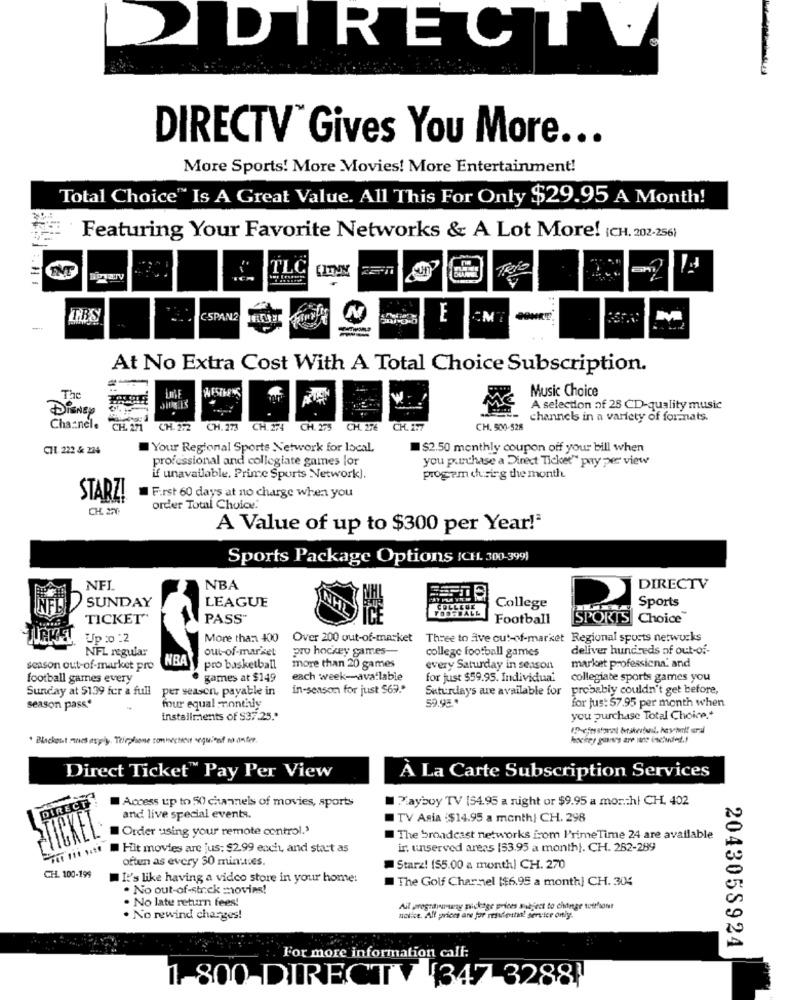
DIRECTO
DIRECTV Gives You More ...
More Sports! More Movies! More Entertainment!
Total Choice" Is A Great Value. All This For Only $29.95 A Month!
Featuring Your Favorite Networks & A Lot More! (CH. 202-256)
TLC
TRS
C-SPAN2
E
EM
At No Extra Cost With A Total Choice Subscription.
Music Choice
The
DISNEY
A selection of 28 CD-quality music
channels in a variety of formnats.
Chacnele
CH. 271
CH. 272
CH. 273
CH. 274
CH. 275
CH. 276
CH. 177
CH. 500-528
CHI 222 & 224
Your Regional Sports Network for local,
$2.50 monthly coupon off your bill when
professional and collegiate games lor
you purchase a Direct Ticket" pay per view
if unavailable. Prime Sports Network).
progem during the month.
STARZ!
First 60 days at no charge when you
CH. 22
order Total Choice.
A Value of up to $300 per Year!"
Sports Package Options ICH. 300-3999)
NFL
NBA
DIRECTV
SUNDAY
LEAGUE
Sports
College
TICKET'
PASS"
Football
SPORTS Choice
Up :0 :2
More than 400
Over 200 out-of-market Three to five out-of-market Regional sports networks
NFL regular
out-of-market
pro hockey games-
college football games
deliver hundreds of out-of-
HRA
season out-of-market pro
pro basketball
more than 20 games
every Saturday in season
market professiona. and
football games every
games at $149
each week-available
for just $59.95. Individual
collegiate sports games you
Sunday at $139 for a full
per season, payable in
in-season for just 569.
Suturdays are available for
probably couldn't get before,
59.98 *
season pass"
four equal -nontidly
for jus: $7.95 per month when
installments of $37.25."
you purchase Total Choice."
. Blackest mines asply. Telephone connective requient no citer.
Direct Ticket™ Pay Per View
À La Carte Subscription Services
7 ayboy TV (54.95 a night or $9.95 a monthl CH. 402
DIRECT
Access up to 50 channels of movies, sports
and live special events.
TV Asia :$14.95 a month) CH. 298
Order using your remote control.3
TICKET
The broadcast networks from I'rimeTime 24 are available
Hit movies are jus; $2.99 each, and start as
ir. unserved areas |53.95 a month). CH. 282-289
often as every $0 minutes.
Starz! (55.00 a month] CH. 270
CH. 100-199
It's like having a video store in your home:
The Golf Charnel [$6.95 a month] CH. 304
. No out-of-strick movies!
. No late return fees!
Ait prograwwwny package prices Babjest to change tuttfionet
. No rewind charges!
notice. All prices are for residential service only.
For more information call:
2043058924
1 800 DIR
ECT
[347 3288]